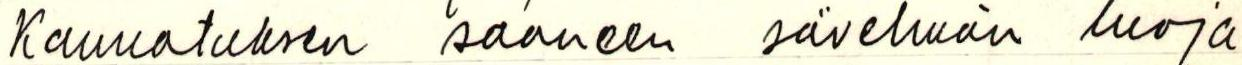
kannatuksen saaneen sävelmän luoja